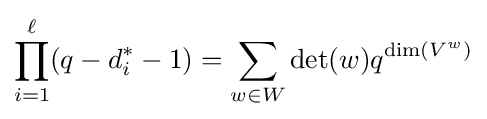
\prod _{i=1}^{\ell }(q-d_{i}^{*}-1)=\sum _{w\in W}\det(w)q^{\dim(V^{w})}